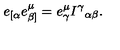
e _ { [ \alpha } e _ { \beta ] } ^ { \mu } = e _ { \gamma } ^ { \mu } I ^ { \gamma } { } _ { \alpha \beta } .